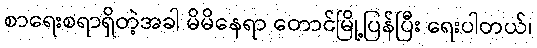
စာရေးစရာရှိတဲ့အခါ မိမိနေရာ တောင်မြို့ပြန်ပြီး ရေးပါတယ်၊